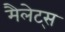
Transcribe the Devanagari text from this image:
मैलेट्स